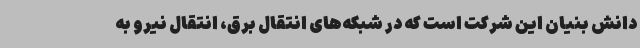
دانش بنیان این شرکت است که در شبکه‌های انتقال برق، انتقال نیرو به